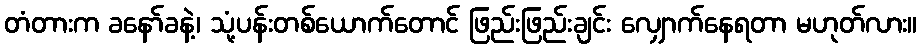
တံတားက ခနော်ခနဲ့၊ သုံ့ပန်းတစ်ယောက်တောင် ဖြည်းဖြည်းချင်း လျှောက်နေရတာ မဟုတ်လား။